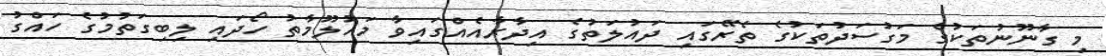
މި ގާނޫނުތަކުގެ މަގުސަދުތަކުގެ ތެރޭގައި ދައުލަތުގެ އިދާރާއެއްގައިވާ މައުލޫމާތު ހޯދައި ލިބިގަތުމުގެ ހައްގު